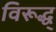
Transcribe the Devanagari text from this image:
विरूद्ध्